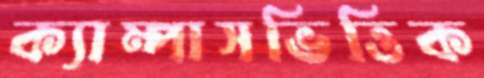
ক্যাম্পাসভিত্তিক